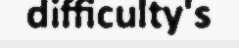
difficulty's